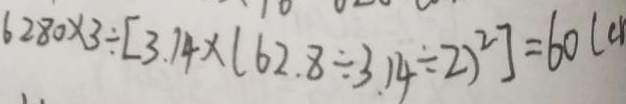
6 2 8 0 \times 3 \div [ 3 . 1 4 \times ( 6 2 . 8 \div 3 . 1 4 \div 2 ) ^ { 2 } ] = 6 0 ( c )